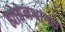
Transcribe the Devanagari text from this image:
ह्योहेनश्वांगाउ